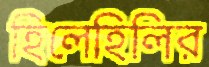
হিলেহিলির